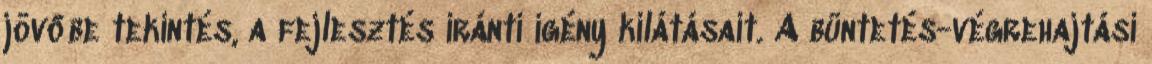
jövőbe tekintés, a fejlesztés iránti igény kilátásait. A büntetés-végrehajtási